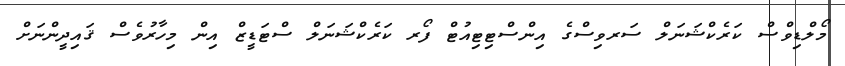
މޯލްޑިވްސް ކަރެކްޝަނަލް ސަރވިސްގެ އިންސްޓިޓިއުޓް ފޯރ ކަރެކްޝަނަލް ސްޓަޑީޒް އިން މިހާރުވެސް ޤައިދީންނަށް